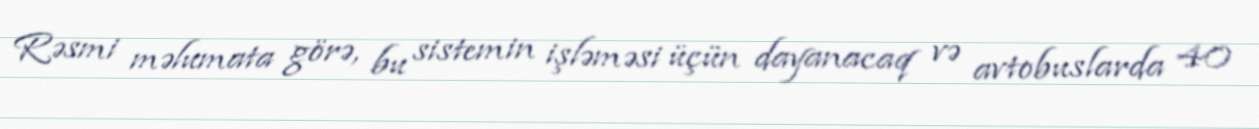
Rəsmi məlumata görə, bu sistemin işləməsi üçün dayanacaq və avtobuslarda 40